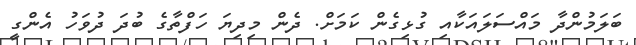
ބަލަމުންދާ މައްސަލައަކާއި ގުޅިގެން ކަމަށް. ދެން މިދިޔަ ހަފްތާގެ ބުދަ ދުވަހު އެންގީ